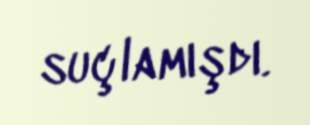
suçlamışdı.